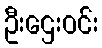
ဦးဌေးဝင်း